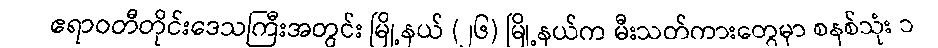
ဧရာဝတီတိုင်းဒေသကြီးအတွင်း မြို့နယ် (၂၆) မြို့နယ်က မီးသတ်ကားတွေမှာ စနစ်သုံး ၁